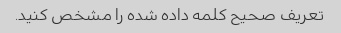
تعریف صحیح کلمه داده شده را مشخص کنید.